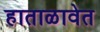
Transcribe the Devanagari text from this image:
हाताळावेत